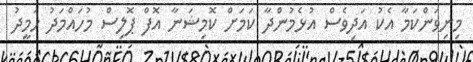
މިނިވަންކަމާ އެކު އަދިވެސް އުޅެމުންދާ ކަމަށް ކޮމިޝަނާ އޮފް ޕޮލިސް މުހައްމަދު ހަމީދު